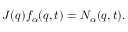
J ( { q } ) f _ { \alpha } ( { q } , t ) = N _ { \alpha } ( { q } , t ) .